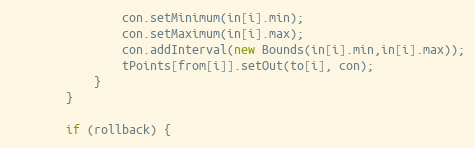
Language: Java
				con.setMinimum(in[i].min);
				con.setMaximum(in[i].max);
				con.addInterval(new Bounds(in[i].min,in[i].max));
				tPoints[from[i]].setOut(to[i], con);
			}
		}

		if (rollback) {